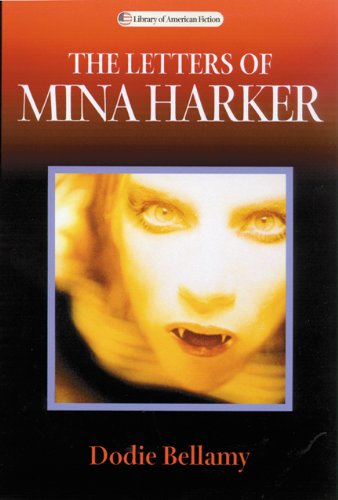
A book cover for The Letters of Mina Harker (Library of American Fiction); Dodie Bellamy; Romance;